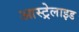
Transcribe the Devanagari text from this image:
आस्ट्रेलाइड